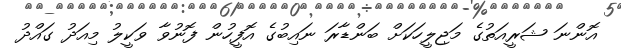
އޮންނަ ޝަރީއަތުގެ މަޖިލީހަކަށް ބަންޑާރަ ނައިބުގެ އޮފީހުން ފޮނުވާ ވަކީލު މިއަދު ގައްދު